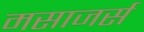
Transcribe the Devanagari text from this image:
मसाजर्स